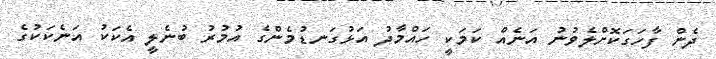
ދެން ފާހަގަކޮށްލެވުނު އަނެއް ކަމަކީ ހައްމާދު އަޅުގަނޑުމެންގެ އުމުރު ބުނެލީ އެކަކު އަނެކަކުގެ